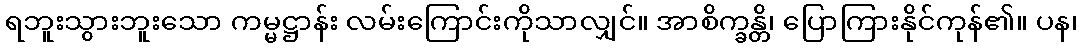
ရဘူးသွားဘူးသော ကမ္မဋ္ဌာန်း လမ်းကြောင်းကိုသာလျှင်။ အာစိက္ခန္တိ၊ ပြောကြားနိုင်ကုန်၏။ ပန၊